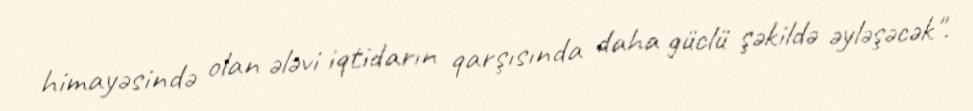
himayəsində olan ələvi iqtidarın qarşısında daha güclü şəkildə əyləşəcək".